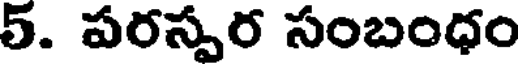
5. పరస్పర సంబంధం